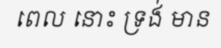
ពេល នោះ ទ្រង់ មាន